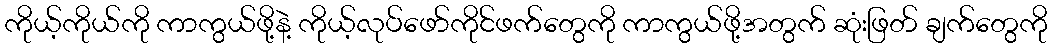
ကိုယ့်ကိုယ်ကို ကာကွယ်ဖို့နဲ့ ကိုယ့်လုပ်ဖော်ကိုင်ဖက်တွေကို ကာကွယ်ဖို့အတွက် ဆုံးဖြတ် ချက်တွေကို